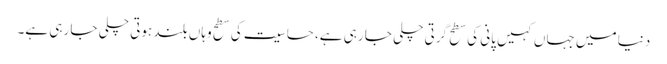
دنیا میں جہاں کہیں پانی کی سطح گرتی چلی جا رہی ہے، حساسیت کی سطح وہاں بلند ہوتی چلی جا رہی ہے۔